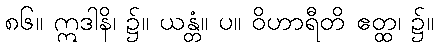
၈၆။ ဣဒါနိ၊ ၌။ ယန္တံ။ ပ။ ဝိဟာရီတိ ဧတ္ထ၊ ၌။